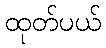
ထုတ်ပယ်